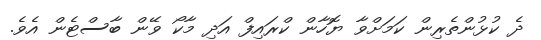
ދެ ކުޅުންތެރިން ކަމަށްވާ ޔޮހާން ކްރައިފް އަދި މާކޯ ވޭން ބާސްޓެން އެވެ.